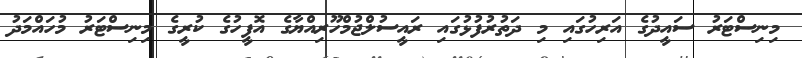
މިނިސްޓަރު ސައީދުގެ އަރިހުގައި މި ދަތުރުފުޅުގައި ރައީސުލްޖުމްހޫރިއްޔާގެ އޮފީހުގެ ކުރީގެ މިނިސްޓަރު މުހައްމަދު